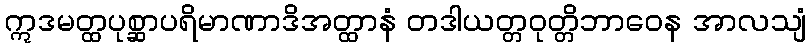
ဣဒမတ္ထပုစ္ဆာပရိမာဏာဒိအတ္ထာနံ တဒါယတ္တဝုတ္တိဘာဝေန အာလသျံ